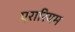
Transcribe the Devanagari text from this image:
एरारियम